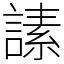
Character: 䛾